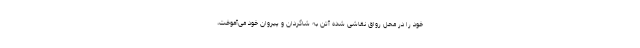
خود را در محل رواق نقاشی شدهٔ آتن به شاگردان و پیروان خود می‌آموخت،